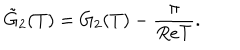
LaTeX: { \tilde { G } _ { 2 } ( T ) } = G _ { 2 } ( T ) - \frac { \pi } { R e T } .